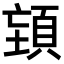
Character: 𮨉